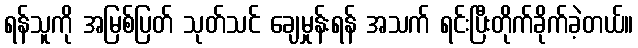
ရန်သူကို အမြစ်ပြတ် သုတ်သင် ချေမှုန်းရန် အသက် ရင်းပြီးတိုက်ခိုက်ခဲ့တယ်။